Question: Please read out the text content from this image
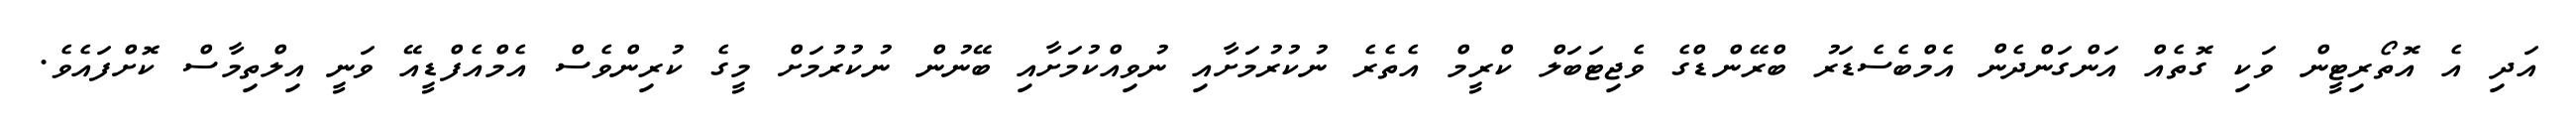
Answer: އަދި އެ އޮތޯރިޓީން ވަކި ގޮތެއް އަންގަންދެން އެމްބެސެޑަރު ބްރޭންޑްގެ ވެޖިޓަބަލް ކްރީމް އެތެރެ ނުކުރުމަށާއި ނުވިއްކުމަށާއި ބޭނުން ނުކުރުމަށް މީގެ ކުރިންވެސް އެމްއެފްޑީއޭ ވަނީ އިލްތިމާސް ކޮށްފައެވެ.